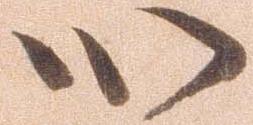
心